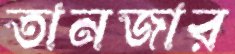
তানজার